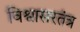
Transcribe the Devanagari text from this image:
विश्वासरतंत्र